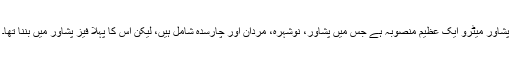
پشاور میٹرو ایک عظیم منصوبہ ہے جس میں پشاور، نوشہرہ، مردان اور چارسدہ شامل ہیں، لیکن اس کا پہلا فیز پشاور میں بننا تھا۔